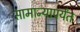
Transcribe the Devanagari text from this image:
सामान्यापर्यंत